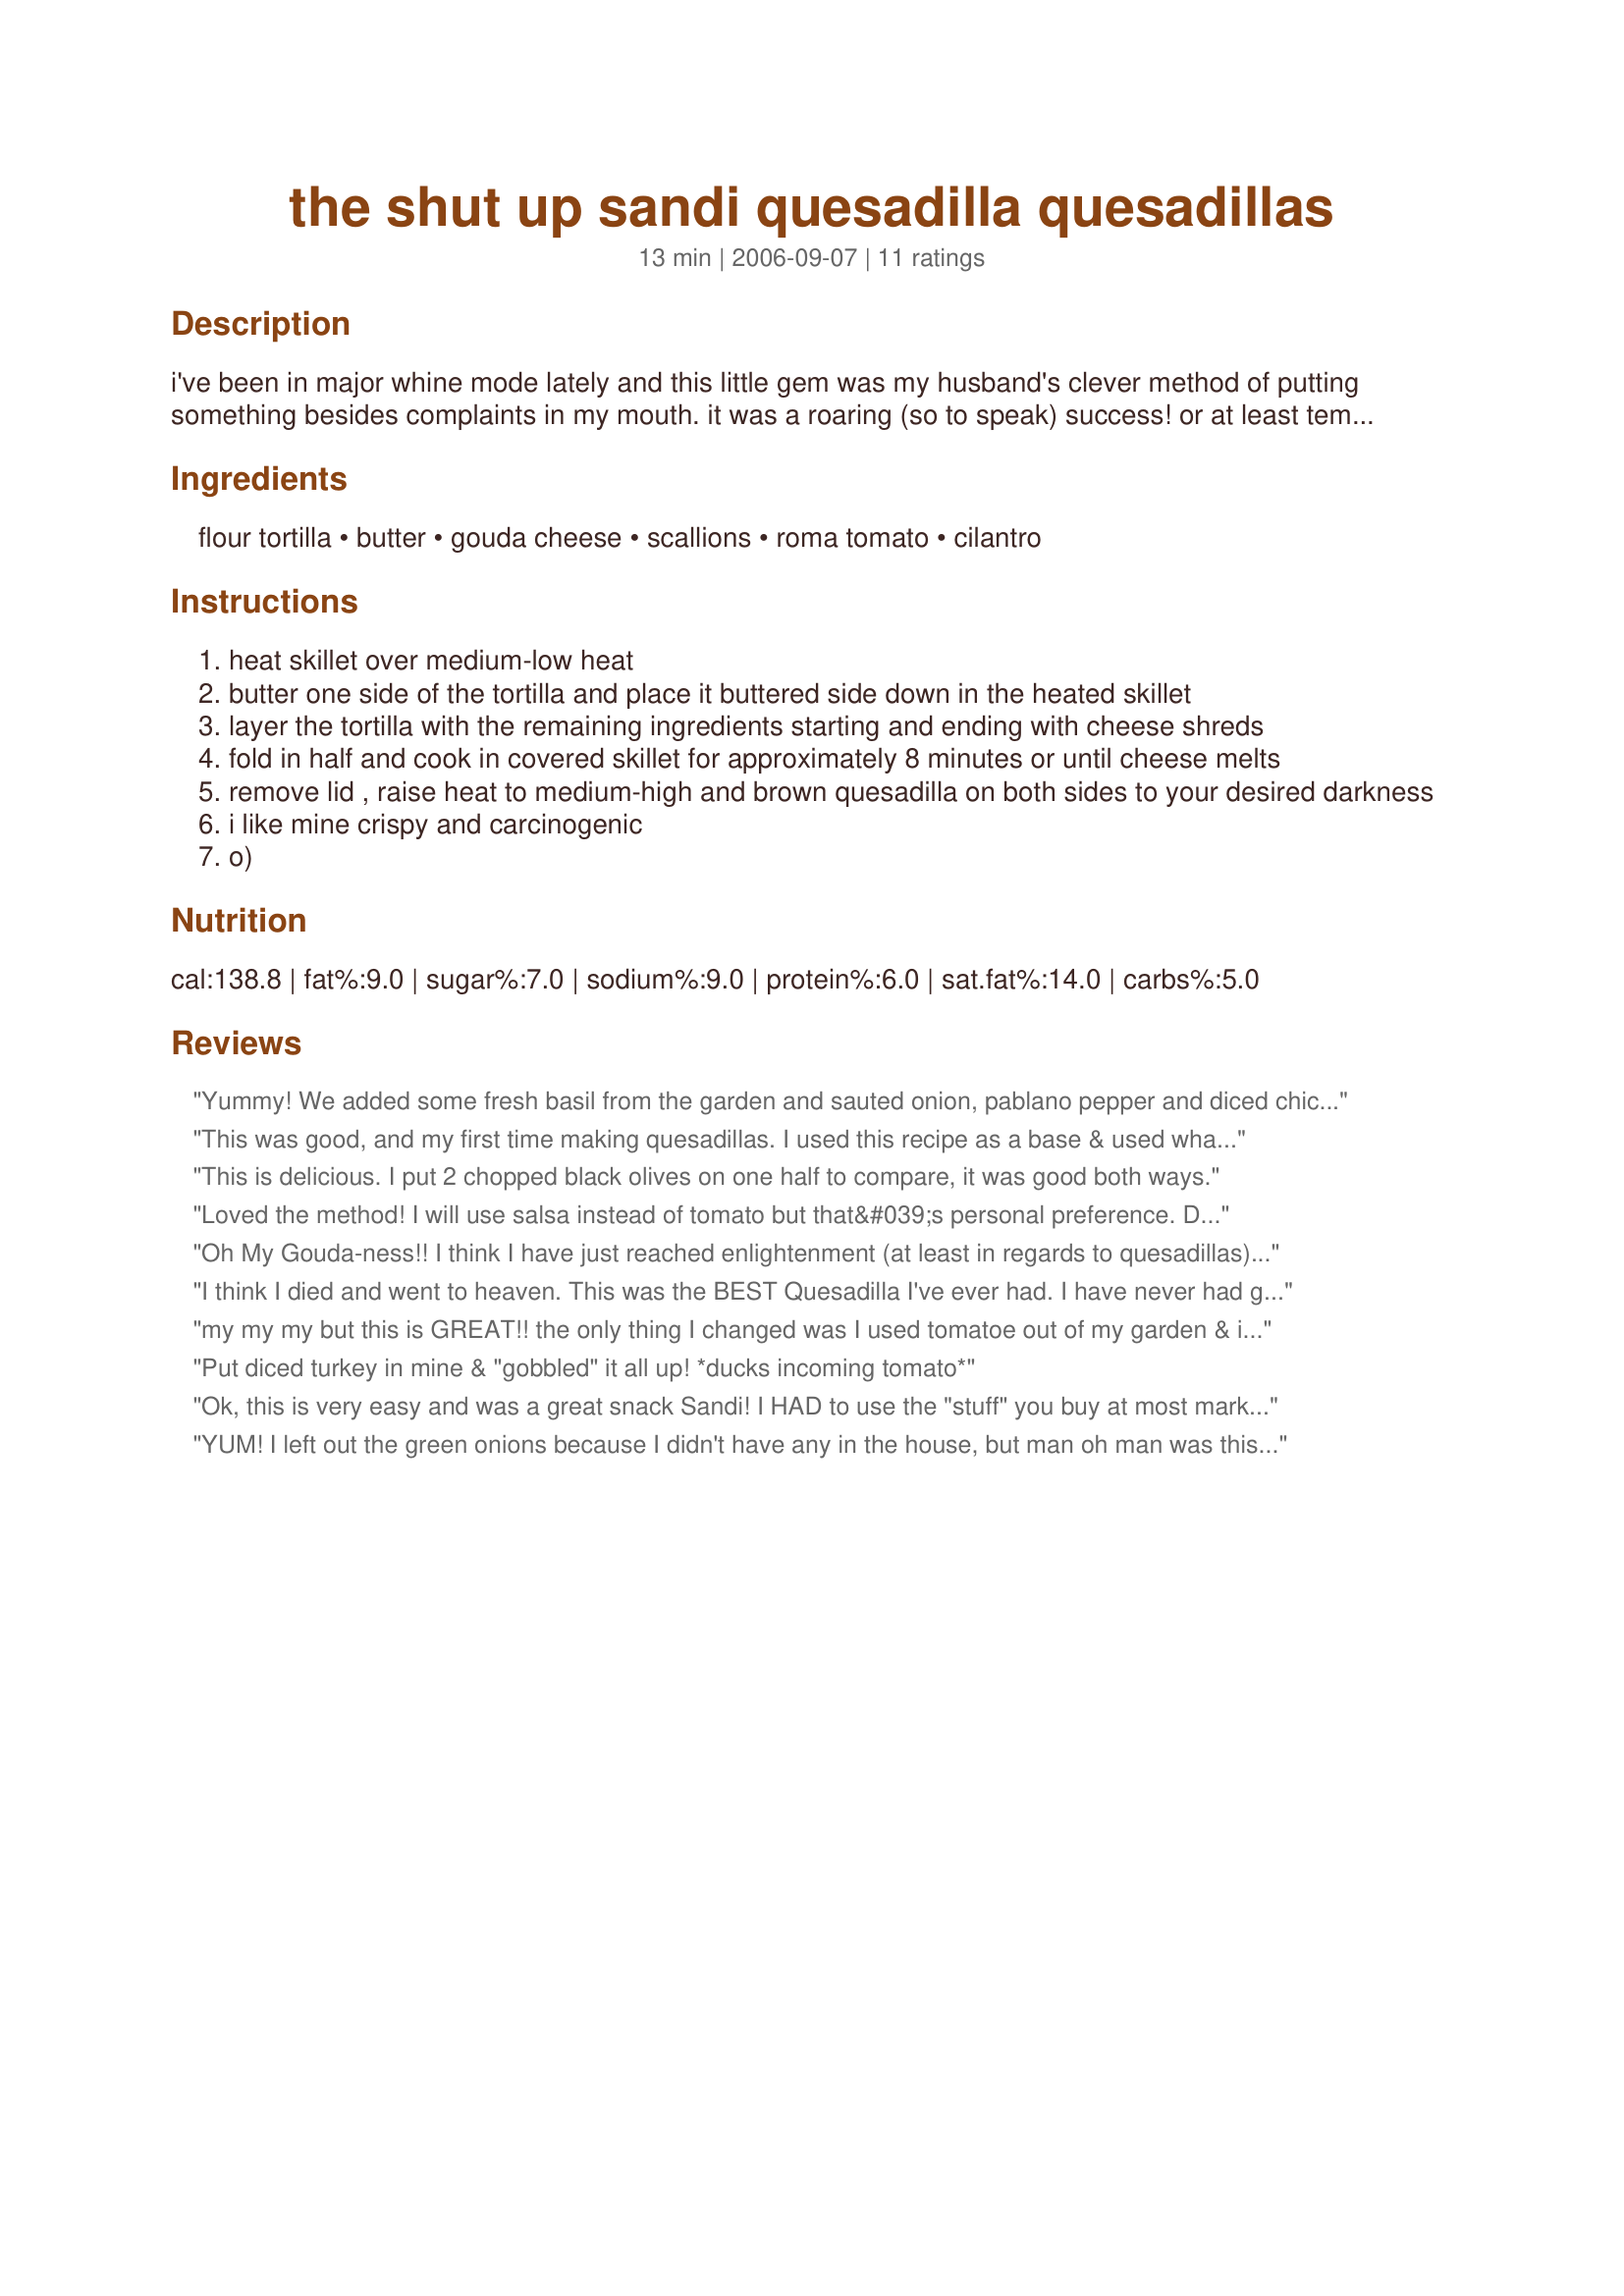
the shut up sandi quesadilla quesadillas
Preparation time: 13 minutes

i've been in major whine mode lately and this little gem was my husband's clever method of putting something besides complaints in my mouth. it was a roaring (so to speak) success! or at least temporarily. it uses the lovely dutch aged gouda cheese, something this puppy depends on. not smoked and not the stuff you buy at most markets, but the genuine, aged a minimum of 1 year, article. measurements are approximate. by the way, did you know that the dutch pronounce gouda as "how-duh"? i almost titled this recipe "gouda you do", but i didn't want tomatoes thrown at me. (!)

Ingredients:
flour tortilla, butter, gouda cheese, scallions, roma tomato, cilantro

Steps:
heat skillet over medium-low heat
butter one side of the tortilla and place it buttered side down in the heated skillet
layer the tortilla with the remaining ingredients starting and ending with cheese shreds
fold in half and cook in covered skillet for approximately 8 minutes or until cheese melts
remove lid , raise heat to medium-high and brown quesadilla on both sides to your desired darkness
i like mine crispy and carcinogenic
o)

Reviews:
Yummy! We added some fresh basil from the garden and sauted onion, pablano pepper and diced chicken. MMM, good!
This was good, and my first time making quesadillas.

I used this recipe as a base & used what I had on hand, cheddar/monterey jack combo and leftover cooked chicken. I doubled the cilantro (luv the stuff).

Easy to make, I topped it off with sour cream and homemade salsa.

more midnight snacks await...

Thanks for posting.
This is delicious. I put 2 chopped black olives on one half to compare, it was good both ways.
Loved the method! I will use salsa instead of tomato but that&#039;s personal preference. Didn&#039;t have Gouda but used a Mexican blend. Love it. Served with Black Bean soup.
Oh My Gouda-ness!! I think I have just reached enlightenment (at least in regards to quesadillas). Didn't have access to authentic Gouda but it is outstandingly delicious with regular Meunster!!
I think I died and went to heaven. This was the BEST Quesadilla I've ever had. I have never had gouda by itself before and it was DELICIOUS. I used smoked because for some reason, I was thinking that was what the recipe called for. I also didn't use the scallions, but it was a personal taste preference. The flavor combo of the Gouda, tomato, and cilantro was perfect. I served mine with homemade guacamole and that was just the icing on the cake. Thanks for sharing, I'll be making this a lot. Too bad I'm supposed to be dieting :p UPDATE: I made it for lunch the next day and nearly died again, it was so wonderful. I went to make it again on the 3rd day and realized I was out of tomato and guacamole... so I went to the store today and got more ingredients :) My boyfriend thinks it is the best as well.
my my my but this is GREAT!!
the only thing I changed was I used tomatoe out of my garden & it wasn't a roma..I think it was a beefsteak
I might of added a wee little bit more cheese..didn't really measure..just threw a handful on..
I really want to thank your hubby for concocting this..and you for posting it..I will make this many times..maybe even later tonight as a midnight snack..
a 10 star as far as I am concerned

ok so yeah this is my 2nd review in the same day..had one of these for supper too..YEAH they are THAT GOOD!!!
I gotta stop it though or I'll be growing out of clothes that fit..
Sandy this is 1 great recipe..EASY
yummy ADDICTING!!!! I see why you call it shut up..you can't talk for eating & mumbling mmmmmmmm
oh & wiping tomato juice from your chin..
Put diced turkey in mine & "gobbled" it all up! *ducks incoming tomato*
Ok, this is very easy and was a great snack Sandi! I HAD to use the "stuff" you buy at most markets but am planning a trip to Trader Joes to get the genuine article for the next ones. I love the flavor of these babies and will be making them again this weekend with "the good stuff". Thank you Sandi, and you do NOT have to "shut up" LOL
YUM! I left out the green onions because I didn't have any in the house, but man oh man was this a great quesadilla. DH loved this as well, hard to get a rise out of him with food because he'll eat basically anything, but he ACTUALLY asked QUESTIONS about this recipe and was *INTERSTED* in what was in it because he liked it so much. That's a pretty big deal!
I made this the first time as written, very good!
The next time I made these I used a combination of smoked gouda and mature stilton...OH MY!!!!

Thanks for a grand recipe, simple but 5 star!
